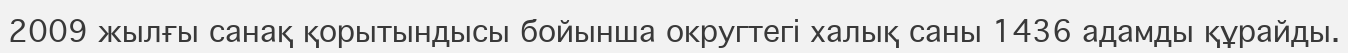
2009 жылғы санақ қорытындысы бойынша округтегі халық саны 1436 адамды құрайды.